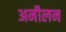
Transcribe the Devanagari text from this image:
अनीलन